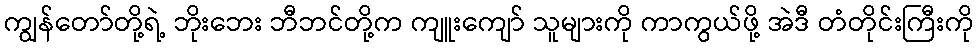
ကျွန်တော်တို့ရဲ့ ဘိုးဘေး ဘီဘင်တို့က ကျူးကျော် သူများကို ကာကွယ်ဖို့ အဲဒီ တံတိုင်းကြီးကို